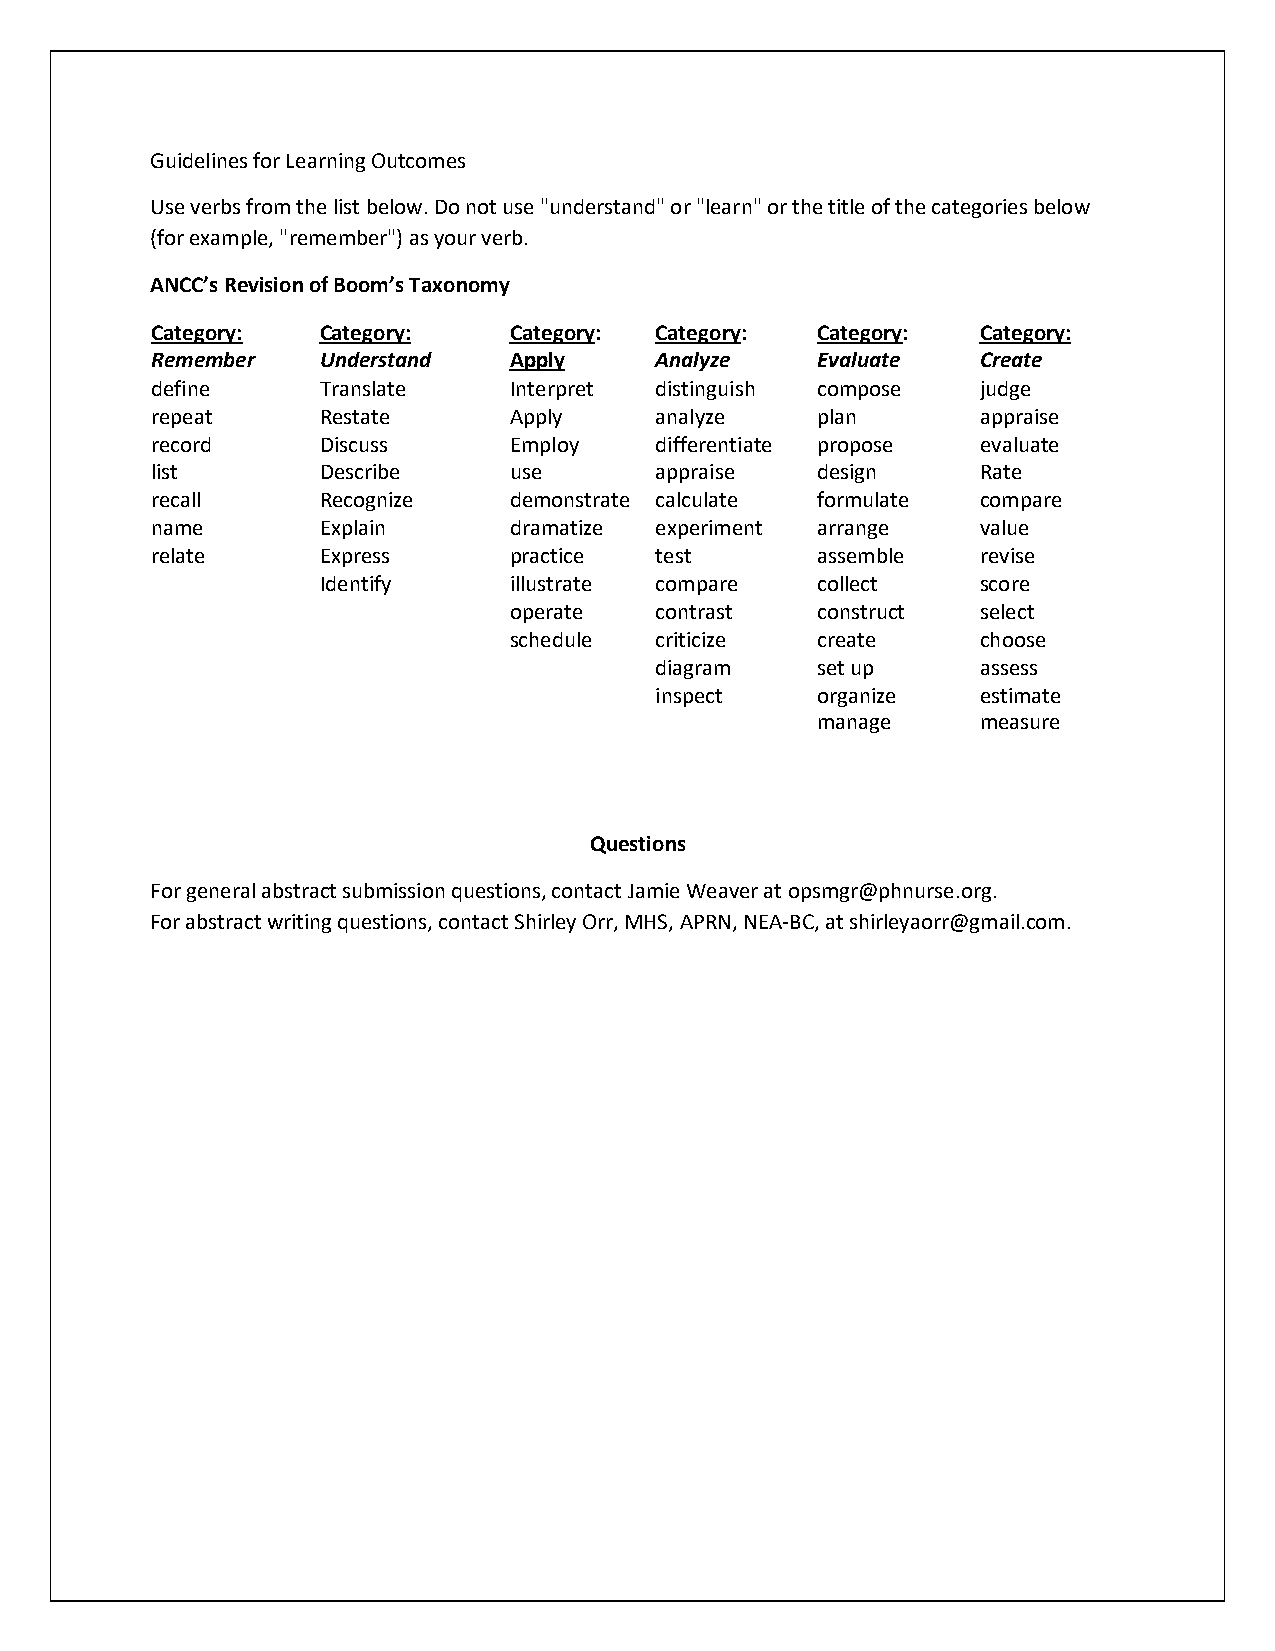
Guidelines for Learning Outcomes
 Use verbs from the list below. Do not use "understand" or "learn" or the title of the categories below
 (for example, "remember") as your verb.
 ANCC’s Revision of Boom’s Taxonomy
 Category:  Category:    Category: Category: Category:  Category:
 Remember   Understand   Apply    Analyze    Evaluate   Create
 define     Translate    Interpret distinguish compose  judge
 repeat     Restate      Apply    analyze    plan       appraise
 record     Discuss      Employ   differentiate propose evaluate
 list       Describe     use      appraise   design     Rate
 recall     Recognize    demonstrate calculate formulate compare
 name       Explain      dramatize experiment arrange   value
 relate     Express      practice test       assemble   revise
 Identify     illustrate compare  collect    score
 operate  contrast   construct  select
 schedule criticize  create     choose
 diagram    set up     assess
 inspect    organize   estimate
 manage     measure
 Questions
 For general abstract submission questions, contact Jamie Weaver at opsmgr@phnurse.org.
 For abstract writing questions, contact Shirley Orr, MHS, APRN, NEA-BC, at shirleyaorr@gmail.com.